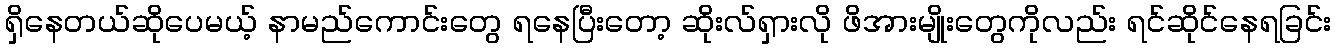
ရှိနေတယ်ဆိုပေမယ့် နာမည်ကောင်းတွေ ရနေပြီးတော့ ဆိုးလ်ရှားလို ဖိအားမျိုးတွေကိုလည်း ရင်ဆိုင်နေရခြင်း